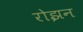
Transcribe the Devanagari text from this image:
रोझन